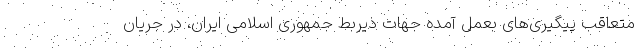
متعاقب پیگیری‌های بعمل آمده جهات ذیربط جمهوری اسلامی ایران، در جریان